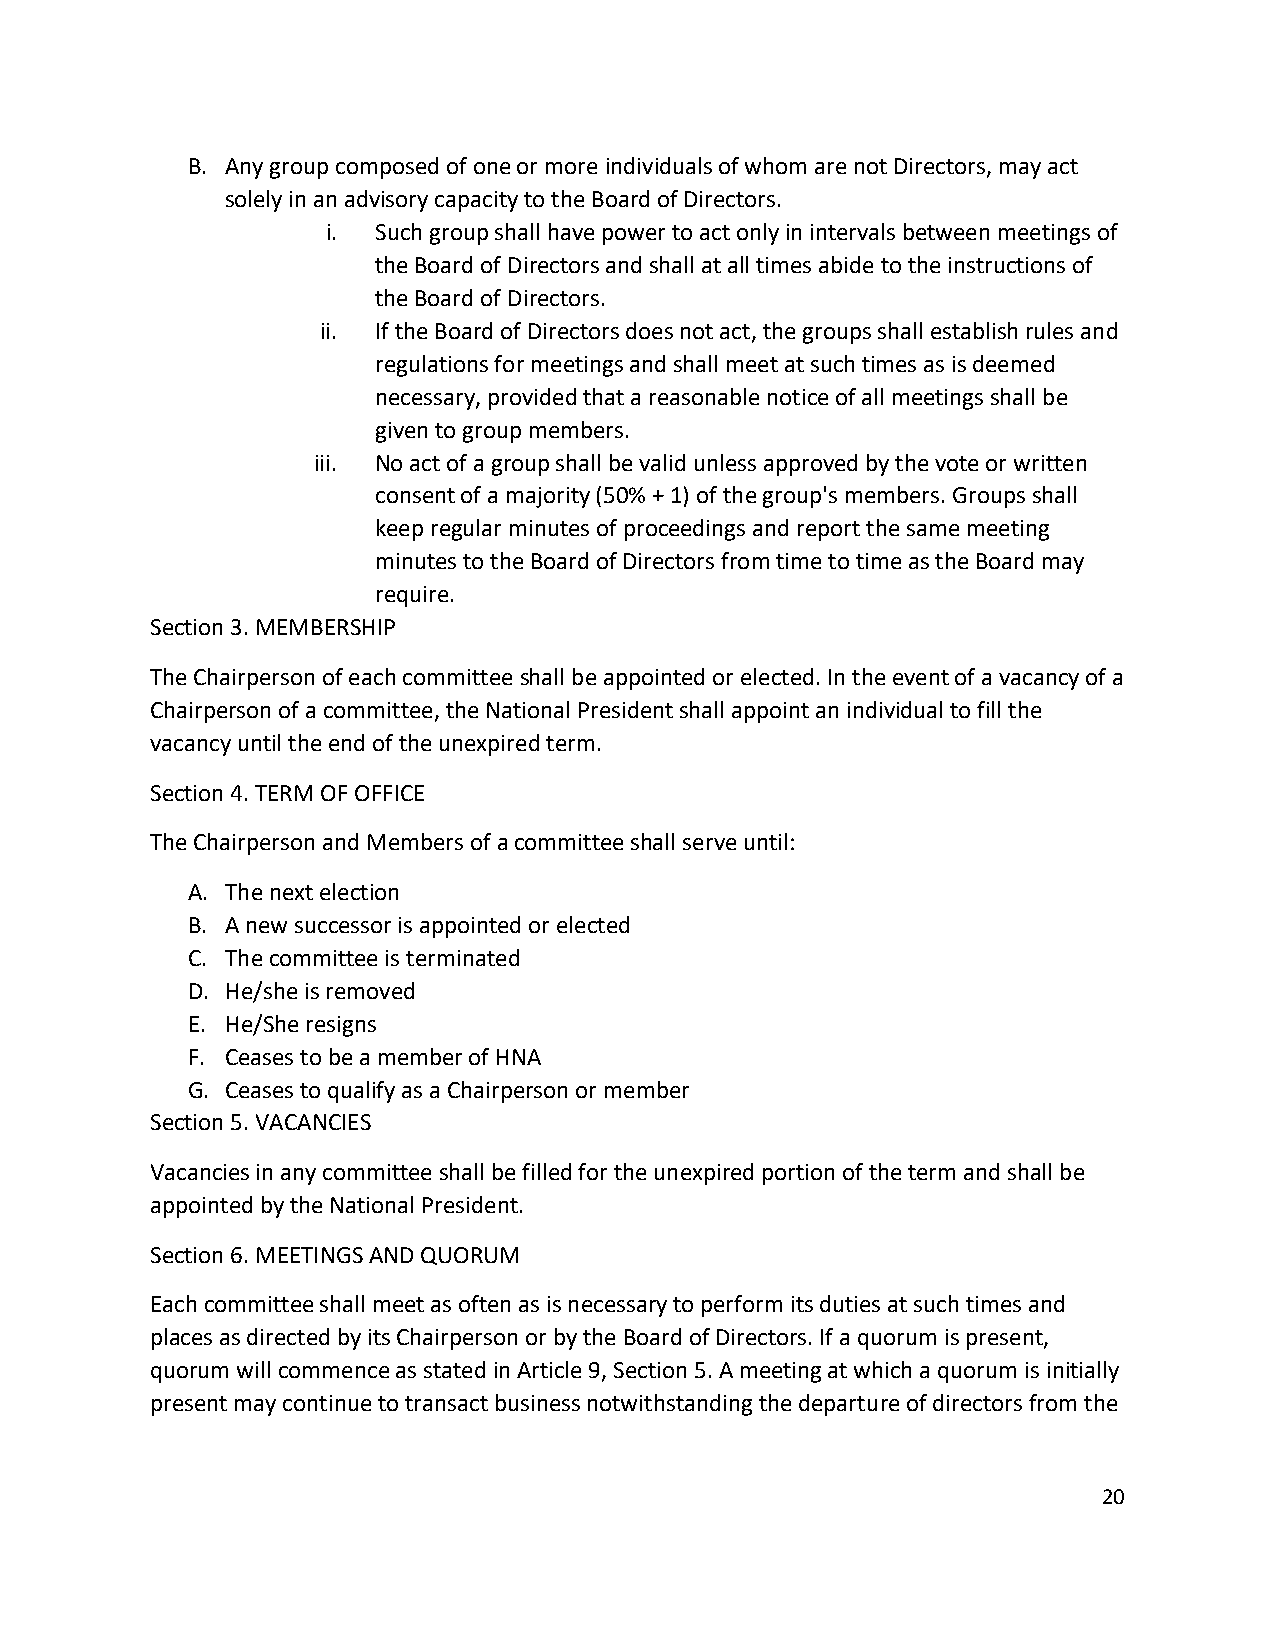
B. Any group composed of one or more individuals of whom are not Directors, may act
 solely in an advisory capacity to the Board of Directors.
 i. Such group shall have power to act only in intervals between meetings of
 the Board of Directors and shall at all times abide to the instructions of
 the Board of Directors.
 ii. If the Board of Directors does not act, the groups shall establish rules and
 regulations for meetings and shall meet at such times as is deemed
 necessary, provided that a reasonable notice of all meetings shall be
 given to group members.
 iii. No act of a group shall be valid unless approved by the vote or written
 consent of a majority (50% + 1) of the group's members. Groups shall
 keep regular minutes of proceedings and report the same meeting
 minutes to the Board of Directors from time to time as the Board may
 require.
 Section 3. MEMBERSHIP
 The Chairperson of each committee shall be appointed or elected. In the event of a vacancy of a
 Chairperson of a committee, the National President shall appoint an individual to fill the
 vacancy until the end of the unexpired term.
 Section 4. TERM OF OFFICE
 The Chairperson and Members of a committee shall serve until:
 A. The next election
 B. A new successor is appointed or elected
 C. The committee is terminated
 D. He/she is removed
 E. He/She resigns
 F. Ceases to be a member of HNA
 G. Ceases to qualify as a Chairperson or member
 Section 5. VACANCIES
 Vacancies in any committee shall be filled for the unexpired portion of the term and shall be
 appointed by the National President.
 Section 6. MEETINGS AND QUORUM
 Each committee shall meet as often as is necessary to perform its duties at such times and
 places as directed by its Chairperson or by the Board of Directors. If a quorum is present,
 quorum will commence as stated in Article 9, Section 5. A meeting at which a quorum is initially
 present may continue to transact business notwithstanding the departure of directors from the
 20